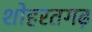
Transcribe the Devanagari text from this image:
शोहरतगढ़